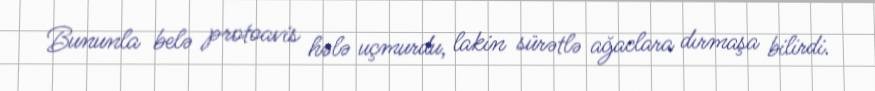
Bununla belə protoavis hələ uçmurdu, lakin sürətlə ağaclara dırmaşa bilirdi.